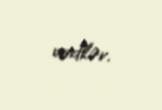
verdilər.